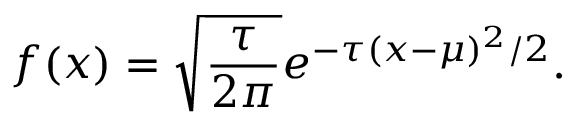
f ( x ) = { \sqrt { \frac { \tau } { 2 \pi } } } e ^ { - \tau ( x - \mu ) ^ { 2 } / 2 } .